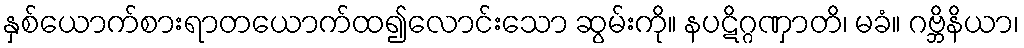
နှစ်ယောက်စားရာတယောက်ထ၍လောင်းသော ဆွမ်းကို။ နပဋိဂ္ဂဏှာတိ၊ မခံ။ ဂဗ္ဘိနိယာ၊